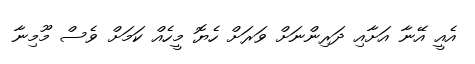
އެއީ އޭނާ އަށާއި ދަރިންނަށް ވަރަށް ހެޔޮ މީހެއް ކަމަށް ވެސް މޫމިނާ